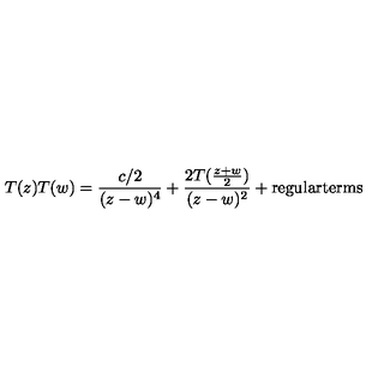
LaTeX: T ( z ) T ( w ) = \frac { c / 2 } { ( z - w ) ^ { 4 } } + \frac { 2 T ( \frac { z + w } { 2 } ) } { ( z - w ) ^ { 2 } } + \mathrm { r e g u l a r t e r m s }